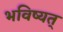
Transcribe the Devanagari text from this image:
भविष्यत्‌